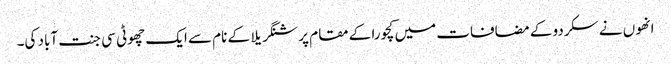
انھوں نے سکردو کے مضافات میں کچورا کے مقام پر شنگریلا کے نام سے ایک چھوٹی سی جنت آباد کی۔